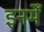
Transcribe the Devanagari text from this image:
इनमेँ